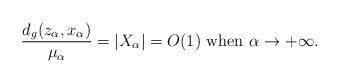
LaTeX: \begin{align*}\frac{d_g(z_\alpha, x_\alpha)}{\mu_\alpha} = |X_\alpha| = O(1)\hbox{ when }\alpha\to +\infty.\end{align*}